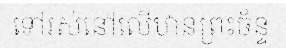
ទៅរស់នៅលើឋានព្រះច័ន្ទ